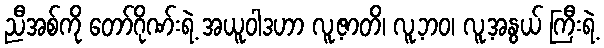
ညီအစ်ကို တော်ဂိုဏ်းရဲ့ အယူဝါဒဟာ လူ့ဇာတိ၊ လူ့ဘဝ၊ လူ့အနွယ် ကြီးရဲ့